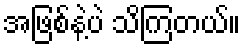
အဖြစ်နဲ့ပဲ သိကြတယ်။